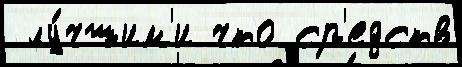
 лу́чшим'и что ср'едств